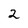
Character: 2